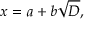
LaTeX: x = a + b { \sqrt { D } } ,